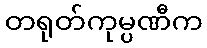
တရုတ်ကုမ္ပဏီက